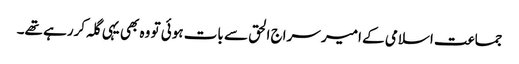
جماعت اسلامی کے امیر سراج الحق سے بات ہوئی تو وہ بھی یہی گلہ کررہے تھے۔